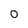
Character: 0